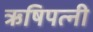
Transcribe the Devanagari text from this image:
ऋषिपत्नी